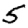
Digit: 5